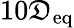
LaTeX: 10\mathfrak{D}_{\textup{{eq}}}